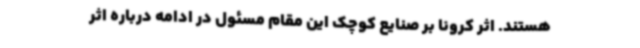
هستند. اثر کرونا بر صنایع کوچک این مقام مسئول در ادامه درباره اثر